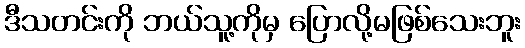
ဒီသတင်းကို ဘယ်သူ့ကိုမှ ပြောလို့မဖြစ်သေးဘူး